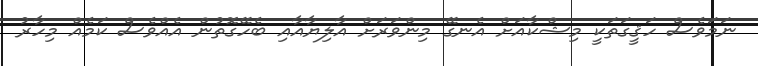
ނަމަވެސް ހަޤީގަތަކީ މިޝްކާއަށް އެނގޭ މިންވަރަށް އާލިޔާއާއި ބެހޭގޮތުން އެއްވެސް ކަމެއް މިހާރު